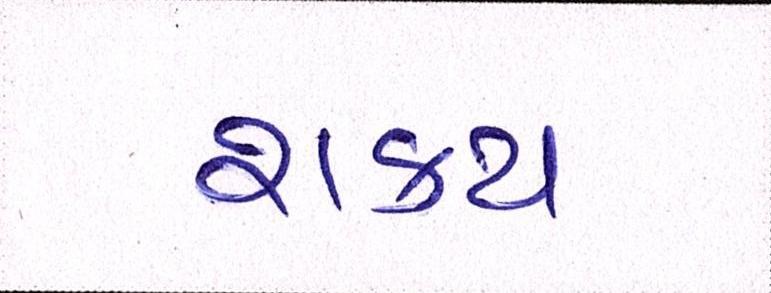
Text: શક્ય